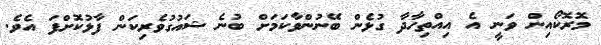
މޮރޮކޯއިން ވަނީ އެ އިއްތިހާދާ ގުޅެން ބޭނުންވާކަމަށް ބުނެ ޝައުގުވެރިކަން ފާޅުކޮށްފަ އެވެ.